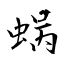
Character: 蜗